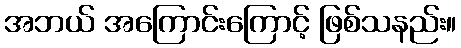
အဘယ် အကြောင်းကြောင့် ဖြစ်သနည်း။